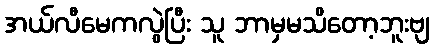
အယ်လီမေကလွဲပြီး သူ ဘာမှမသိတော့ဘူးဗျ